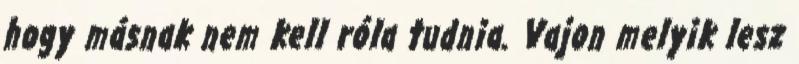
hogy másnak nem kell róla tudnia. Vajon melyik lesz